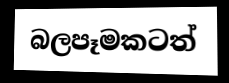
බලපෑමකටත්